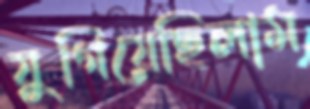
যুগিয়েছিলাম